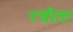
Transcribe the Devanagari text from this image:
रचीता